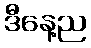
ဒီနေ့ည